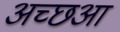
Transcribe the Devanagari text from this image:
अच्छआ